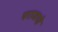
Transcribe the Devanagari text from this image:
पराजयो